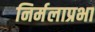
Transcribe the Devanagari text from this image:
निर्मलाप्रभा